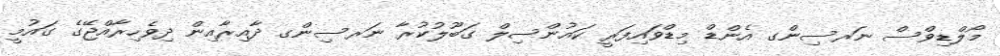
މޯލްޑިވްސް ނަރސިންގ އެންޑް މިޑްވައިފަރީ ކައުންސިލް ގަބޫލުކުރާ ނަރސިންގ ދާއިރާއިން ދިވެހިރާއްޖޭގެ ގައުމީ